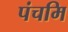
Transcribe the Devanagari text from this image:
पंचमि